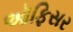
ઑફિસર